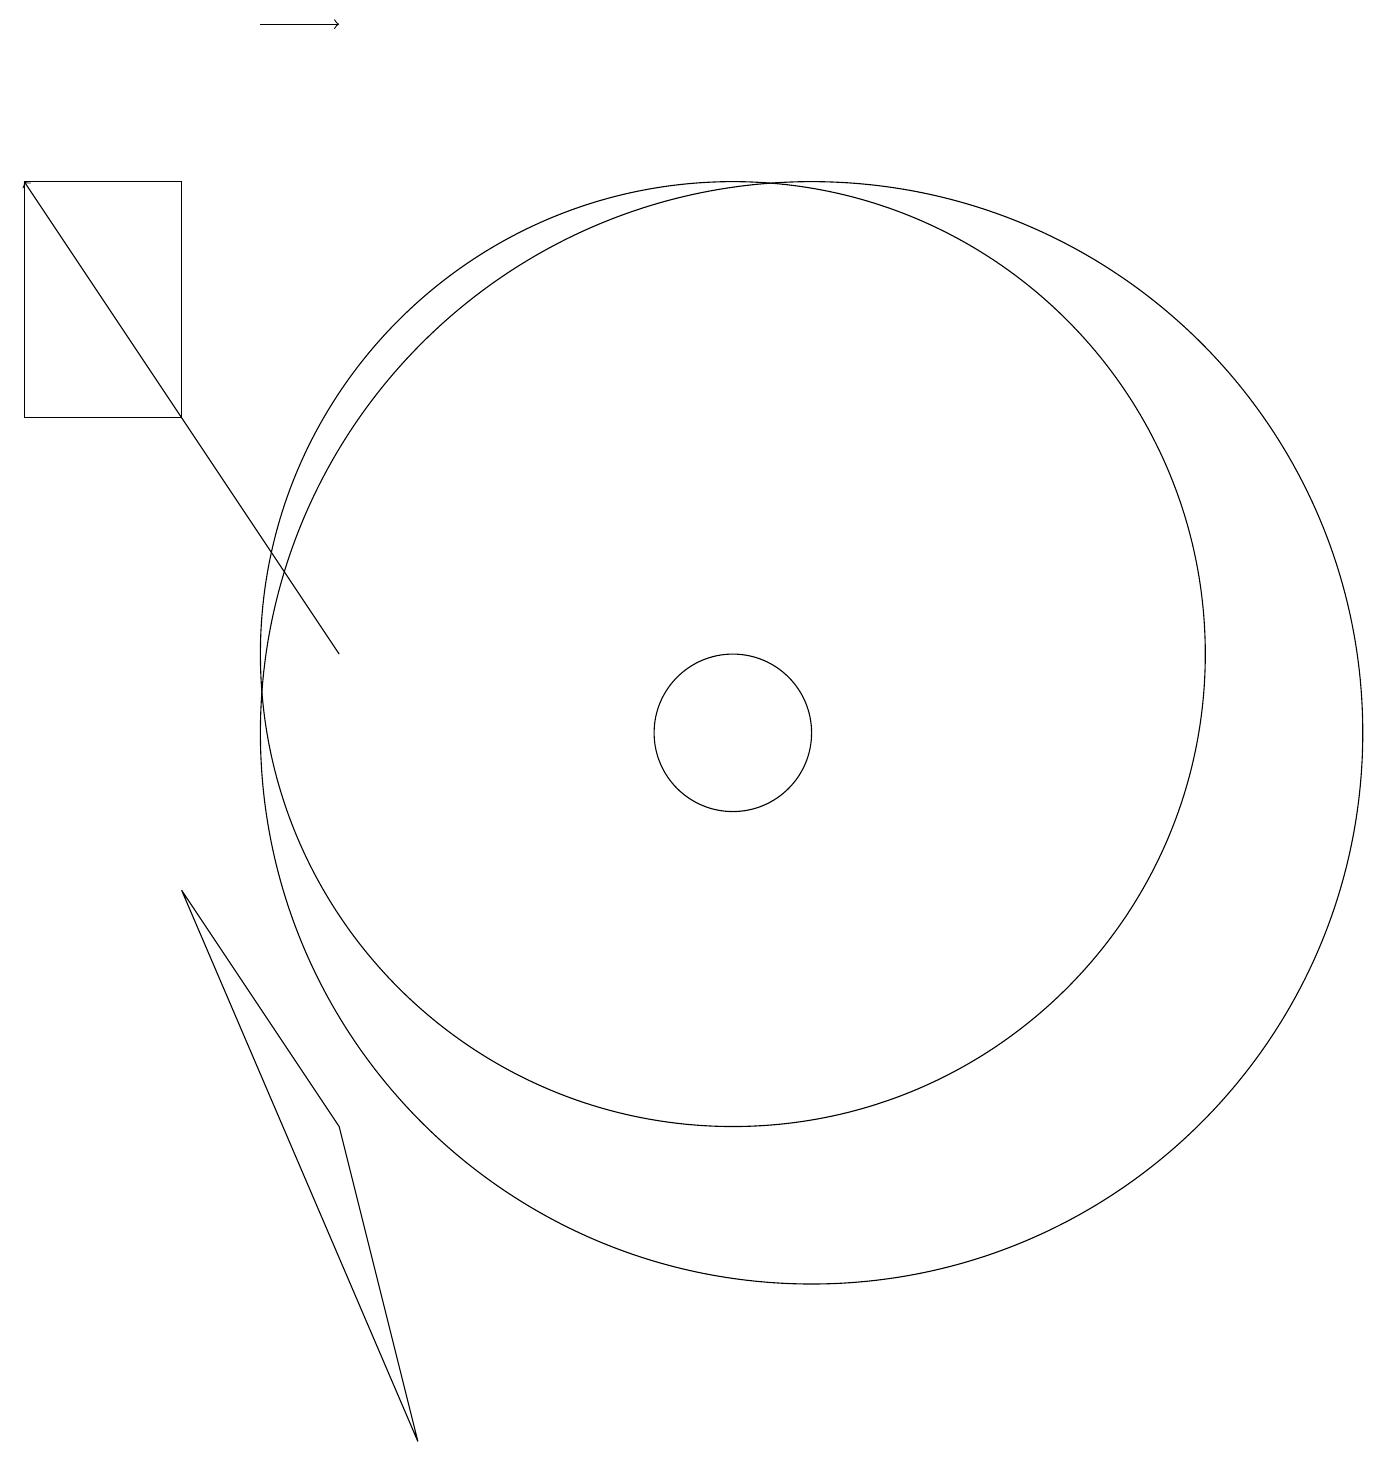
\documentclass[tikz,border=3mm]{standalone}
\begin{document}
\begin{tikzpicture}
\draw (10,10) circle (1);
\draw (3,8) -- (5,5) -- (6,1) -- cycle;
\draw (1,17) rectangle (3,14);
\draw[->] (4,19) -- (5,19);
\draw (11,10) circle (7);
\draw[->] (5,11) -- (1,17);
\draw (10,11) circle (6);
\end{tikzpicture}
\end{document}